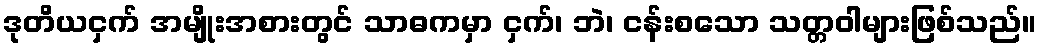
ဒုတိယငှက် အမျိုးအစားတွင် သာဓကမှာ ငှက်၊ ဘဲ၊ ငန်းစသော သတ္တဝါများဖြစ်သည်။